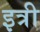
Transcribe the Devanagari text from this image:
इत्री